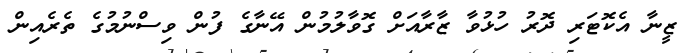
ޒީނާ އެކޮޓަރި ދޮރު ހުޅުވާ ޒާރާއަށް ގޮވާލުމުން އޭނާގެ ފުން ވިސްނުމުގެ ތެރެއިން